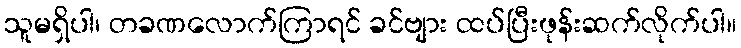
သူမရှိပါ၊ တခဏလောက်ကြာရင် ခင်ဗျား ထပ်ပြီးဖုန်းဆက်လိုက်ပါ။